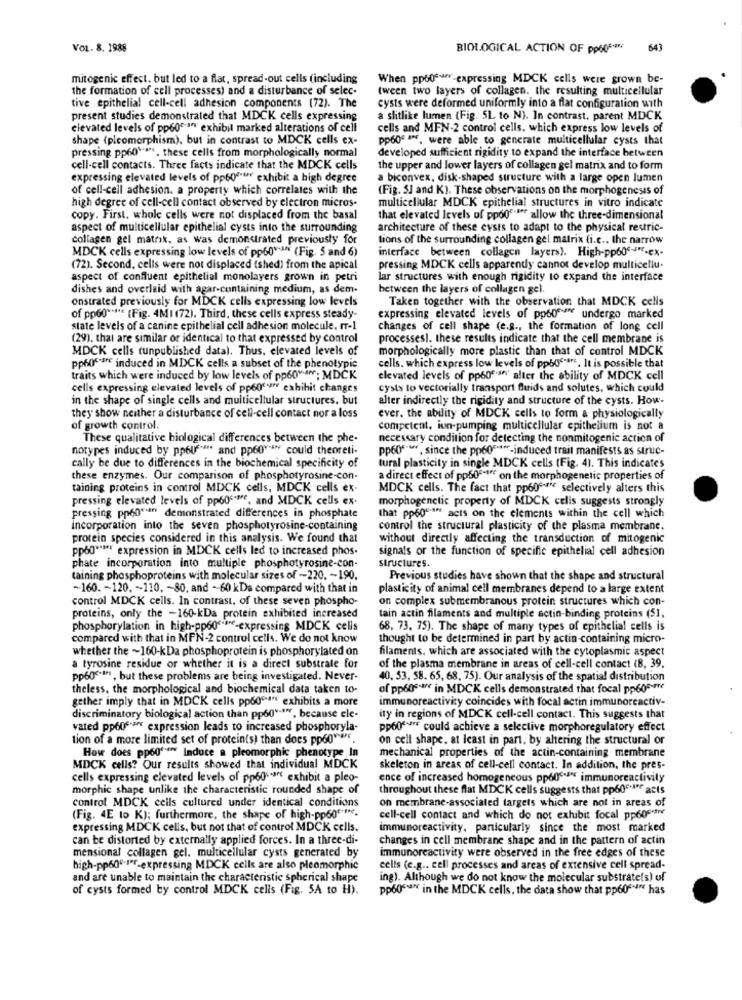
VOL. 8. 1988
BIOLOGICAL ACTION OF pp60 -*** 643
mitogenic effect. but led to a flat, spread-out cells (including
When pp606 -expressing MDCK cells were grown be-
the formation of cell processes) and a disturbance of selec-
tween two layers of collagen. the resulting multicellular
tive epithelial cell-cell adhesion components (72). The
cysts were deformed uniformly into a flat configuration with
present studies demonstrated that MDCK cells expressing
a slitlike lumen (Fig. 5L to N). In contrast. parent MDCK
elevated levels of pp60"-an exhibil marked alterations of cell
cells and MFN-2 control cells, which express low levels of
shape (plcomorphism), but in contrast to MDCK cells ex-
pp6De af, were able to generate multicellular cysts that
pressing pp60"s". these cells from morphologically normal
developed sufficient rigidity to expand the interface between
cell-cell contacts. Three facts indicate that the MDCK cells
the upper and lower layers of collagen gel matrix and to form
expressing elevated levels of pp60eur exhibit a high degree
a biconvex, disk-shaped structure with a large open lumen
of cell-cell adhesion. a property which correlates with the
(Fig. 3] and K). These observations on the morphogenesis of
high degree of cell-cell contact observed by electron micros.
multicellular MDCK epithelial structures in vitro indicate
copy. First. whole cells were not displaced from the basal
that elevated levels of ppoo""" allow the three-dimensional
aspect of multicellular epithelial cysts into the surrounding
architecture of these cysts to adapt to the physical restric-
collagen gel matrik, as was demonstrated previously for
tions of the surrounding collagen gel matrix (i.c ., the narrow
MDCK cells expressing low levels of pp60"s (Fig. 5 and 6)
interface between collagen layers). High-pp606-"-ex-
(72). Second, cells were not displaced (shed) from the apical
pressing MDCK cells apparendy cannot develop multicellu.
aspect of confluent epithelial monolayers grown in petri
lar structures with enough rigidity to expand the interface
dishes and overlaid with agar-containing medium, as dem-
between the layers of collagen gel.
onstrated previously for MDCK cells expressing low levels
Taken together with the observation that MDCK cells
of pp60" **** (Fig. 4MI (72). Third, these cells express steady-
expressing elevated levels of pp60 undergo marked
state levels of a canine epithelial cell adhesion molecule, rr-1
changes of cell shape (e.g ., the formation of long cell
(29). that are similar or identical to that expressed by control
processes. these results indicate that the cell membrane is
MDCK cells tunpublished data). Thus, elevated levels of
morphologically more plastic than that of control MDCK
cells. which express low levels of ppade.srs. It is possible that
pp60caff induced in MDCK cells a subset of the phenotypic
traits which were induced by low levels of pp60 ; MDCK
elevated levels of pp600 alter the ability of MDCK cell
cells expressing elevated levels of pp600 exhibit changes
cysts to vectorially transport fluids and solutes, which could
in the shape of single cells and multicellular structures, but
alter indirectly the rigidity and structure of the cysts. How-
they show neither a disturbance of cell-cell contact nor a loss
ever. the ability of MDCK cells to form & physiologically
of growth control.
competent, ion-pumping multicellular epithelium is not a
These qualitative biological differences between the phe-
necessary condition for detecting the nonmitogenic action of
notypes induced by ppouf **** and pp60""" could theoreti-
pp60* **, since the pp60 *****- induced trait manifests as struc-
cally be due to differences in the biochemical specificity of
tural plasticity in single MDCK cells (Fig. 4). This indicates
these enzymes. Our comparison of phosphotyrosine-con-
a direct effect of pp60-fff on the morphogenetic properties of
taining proteins in control MDCK cells, MDCK cells ex-
MDCK cells. The fact that pp606 *** selectively alters this
pressing elevated levels of pp60 Me, and MDCK cells ex.
morphogenetic property of MDCK cells suggests strongly
pressing pp60"an demonstrated differences in phosphate
that pp60"s" acts on the elements within the cell which
Incorporation into the seven phosphotyrosine-containing
control the structural plasticity of the plasma membrane.
protein species considered in this analysis. We found that
without directly affecting the transduction of mitogenic
pp60 **** expression in MDCK cells led to increased phos.
signals or the function of specific epithelial cell adhesion
phate incorporation into multiple phosphotyrosine-con-
structures.
taining phosphoproteins with molecular sizes of -- 220, - 190.
Previous studies have shown that the shape and structural
-160. - 120. ~ 110, - 80, and -- 60 kDa compared with that in
plasticity of animal cell membranes depend to a large extent
control MDCK cells. In contrast, of these seven phospho-
on complex submembranous protein structures which con-
proteins, only the -160-kDa protein exhibited increased
tain actin filaments and multiple actin-binding proteins (51,
phosphorylation in high-pp60 ****- expressing MDCK cells
68. 73. 75). The shape of many types of epithelial cells is
compared with that in MFN-2 control cells. We do not know
thought to be determined in part by actin-containing micro-
whether the ~ 160-kDa phosphoprotein is phosphorylated on
filaments, which are associated with the cytoplasmic aspect
a tyrosine residue or whether it is a direct substrate for
of the plasma membrane in areas of cell-cell contact (B, 39.
pp60cm, but these problems are being investigated. Never-
40, 53, 58. 65, 68, 75). Our analysis of the spatial distribution
theless, the morphological and biochemical data taken to-
of pp60s.ª in MDCK cells demonstrated that focal pp6gerne
gether imply that in MDCK cells pp60ºd" exhibits a more
immunoreactivity coincides with focal actin immunoreactiv-
discriminatory biological action than pp60van, because ele-
ity in regions of MDCK cell-cell contact. This suggests that
vated pp60s.a expression leads to increased phosphoryla-
pp60"" could achieve a selective morphoregulatory effect
tion of a more limited set of protein(s) than does pp60"s"
on cell shape. at least in part, by altering the structural or
How does ppog'en Induce a pleomorphic phenotype In
mechanical properties of the actin-containing membrane
MDCK cells? Our results showed that individual MDCK
skeleton in areas of cell-cell contact. In addition, the pres-
cells expressing elevated levels of pp6d'aff exhibit a pleo-
ence of increased homogeneous pp606 *** immunoreactivity
morphic shape unlike the characteristic rounded shape of
throughout these flat MDCK cells suggests that pp60℃.If acts
control MDCK cells cultured under identical conditions
on membrane-associated targets which are not in areas of
(Fig. 4E to K); furthermore, the shape of high-pp60 **** e.
cell-cell contact and which do not exhibit focal pp60stre
expressing MDCK cells, but not that of control MDCK cells.
immunoreactivity, particularly since the most marked
can be distorted by externally applied forces. In a three-di-
changes in cell membrane shape and in the pattern of actin
mensional collagen gel. multicellular cysts generated by
immunoreactivity were observed in the free edges of these
high-pp60"-1"-expressing MDCK cells are also pleomorphic
cells (e.g .. cell processes and areas of extensive cell spread-
and are unable to maintain the characteristic spherical shape
ing). Although we do not know the molecular substrate(s) of
of cysts formed by control MDCK cells (Fig. 5A to H).
pp60"a" in the MDCK cells, the data show that pp60""" has